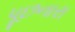
પૂછનારા